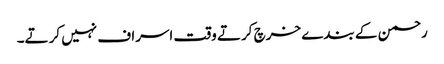
رحمن کے بندے خرچ کرتے وقت اسراف نہیں کرتے۔